Report of the Indian Hemp Drugs Commission, 1894-1895 - Volume V
Year: 1894
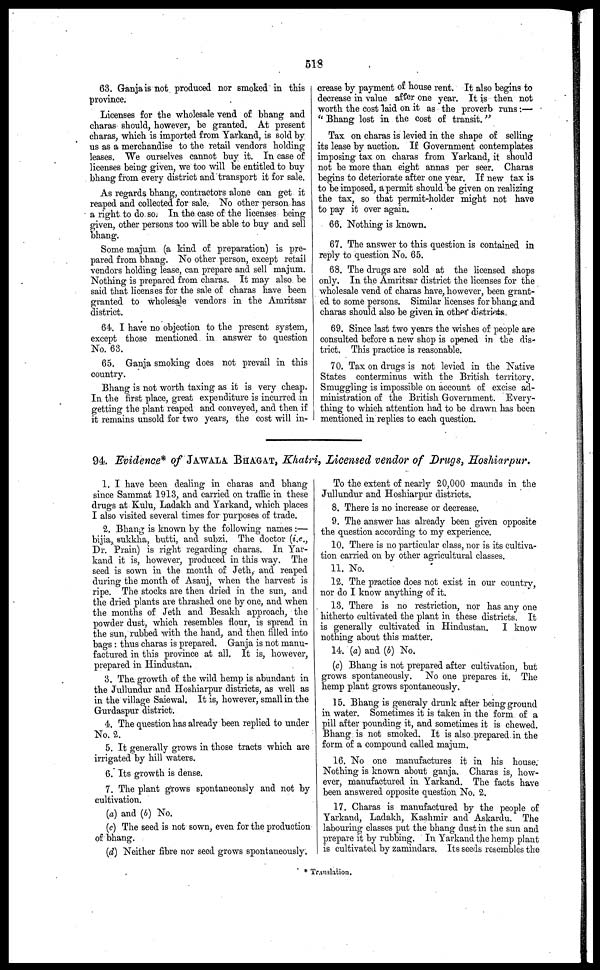
519
63. Ganja is not produced nor smoked in this
province.
Licenses for the wholesale vend of bhang and
charas should, however, be granted. At present
charas, which is imported from Yarkand, is sold by
us as a merchandise to the retail vendors holding
leases. We ourselves cannot buy it. In case of
licenses being given, we too will be entitled to buy
bhang from every district and transport it for sale.
As regards bhang, contractors alone can get it
reaped and collected for sale. No other person has
a right to do so. In the case of the licenses being
given, other persons too will be able to buy and sell
bhang.
Some majum (a kind of preparation) is pre-
pared from bhang. No other person, except retail
vendors holding lease, can prepare and sell majum.
Nothing is prepared from charas. It may also be
said that licenses for the sale of charas have been
granted to wholesale vendors in the Amritsar
district.
64. I have no objection to the present system,
except those mentioned in answer to question
No. 63.
65. Ganja smoking does not prevail in this
country.
Bhang is not worth taxing as it is very cheap.
In the first place, great expenditure is incurred in
getting the plant reaped and conveyed, and then if
it remains unsold for two years, the cost will in-
crease by payment of house rent. It also begins to
decrease in value after one year. It is then not
worth the cost laid on it as the proverb runs :—
" Bhang lost in the cost of transit."
Tax on charas is levied in the shape of selling
its lease by auction. If Government contemplates
imposing tax on charas from Yarkand, it should
not be more than eight annas per seer. Charas
begins to deteriorate after one year. If new tax is
to be imposed, a permit should be given on realizing
the tax, so that permit-holder might not have
to pay it over again.
66. Nothing is known.
67. The answer to this question is contained in
reply to question No. 65.
68. The drugs are sold at the licensed shops
only. In the Amritsar district the licenses for the
wholesale vend of charas have, however, been grant-
ed to some persons. Similar licenses for bhang and
charas should also be given in other districts,
69. Since last two years the wishes of people are
consulted before a new shop is opened in the dis-
trict. This practice is reasonable.
70. Tax on drugs is not levied in the Native
States conterminus with the British territory.
Smuggling is impossible on account of excise ad-
ministration of the British Government. Every-
thing to which attention had to be drawn has been
mentioned in replies to each question.
94. Evidence* of JAWALA BHAGAT, Khatri, Licensed vendor of Drugs, Hoshiarpur.
1. I have been dealing in charas and bhang-
since Sammat 1913, and carried on traffic in these
drugs at Kulu, Ladakh and Yarkand, which places
I also visited several times for purposes of trade.
2. Bhang is known by the following names :—
bijia, sukkha, butti, and subzi. The doctor (i.e.,
Dr. Prain) is right regarding charas. In Yar-
kand it is, however, produced in this way. The
seed is sown in the month of Jeth, and reaped
during the month of Asauj, when the harvest is
ripe. The stocks are then dried in the sun, and
the dried plants are thrashed one by one, and when
the months of Jeth and Besakh approach, the
powder dust, which resembles flour, is spread in
the sun, rubbed with the hand, and then filled into
bags : thus charas is prepared. Ganja is not manu-
factured in this province at all. It is, however,
prepared in Hindustan.
3. The growth of the wild hemp is abundant in
the Jullundur and Hoshiarpur districts, as well as
in the village Saiewal. It is, however, small in the
Gurdaspur district.
4. The question has already been replied to under
No. 2.
5. It generally grows in those tracts which are
irrigated by hill waters.
6. Its growth is dense.
7. The plant grows spontaneously and not by
cultivation.
(a) and (b) No.
(c) The seed is not sown, even for the production
of bhang.
(d) Neither fibre nor seed grows spontaneously.
To the extent of nearly 20,000 maunds in the
Jullundur and Hoshiarpur districts.
8. There is no increase or decrease.
9. The answer has already been given opposite
the question according to my experience.
10. There is no particular class, nor is its cultiva-
tion carried on by other agricultural classes.
11. No.
12. The practice does not exist in our country,
nor do I know anything of it.
13. There is no restriction, nor has any one
hitherto cultivated the plant in these districts. It
is generally cultivated in Hindustan.
I know
nothing about this matter.
14. (a) and (b) No.
(c) Bhang is not prepared after cultivation, but
grows spontaneously. No one prepares it. The
hemp plant grows spontaneously.
15. Bhang is generaly drunk after being ground
in water. Sometimes it is taken in the form of a
pill after pounding it, and sometimes it is chewed.
Bhang is not smoked. It is also prepared in the
form of a compound called majum.
16. No one manufactures it in his house.
Nothing is known about ganja. Charas is, how-
ever, manufactured in Yarkand. The facts have
been answered opposite question No. 2.
17. Charas is manufactured by the people of
Yarkand, Ladakh, Kashmir and Askardu. The
labouring classes put the bhang dust in the sun and
prepare it by rubbing. In Yarkand the hemp plant
is cultivated by zamindars. Its seeds resembles the
* Translation.